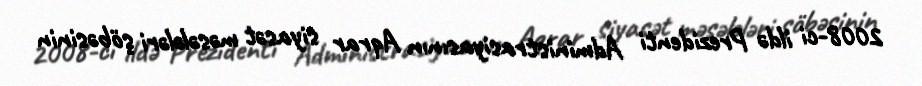
2008-ci ildə Prezidenti Administrasiyasının Aqrar siyasət məsələləri şöbəsinin